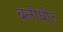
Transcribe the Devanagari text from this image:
बलीपीट